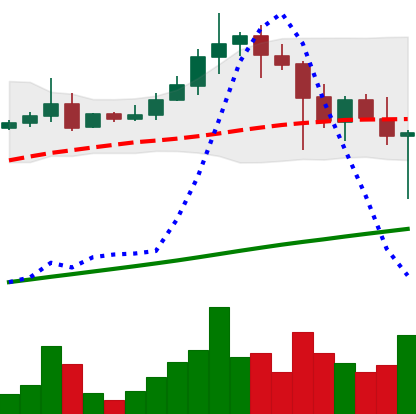
Ticker: ADA-USD
Chart end date: 2021-04-23
Forward return: 15.572%
Label: up_7plus